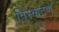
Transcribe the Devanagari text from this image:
विस्कटणे